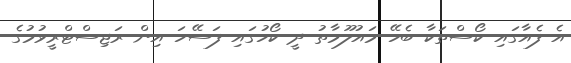
އެ ފެއާގައި ކޯސްތަކާ ބެހޭ މައުލޫމާތު ދީ ކޯހުގައި ފަސޭހަ އިން ރަޖިސްޓްރީވުމުގެ